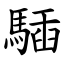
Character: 䮢